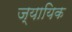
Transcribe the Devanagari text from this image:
ज्यायिक